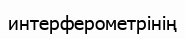
интерферометрінің